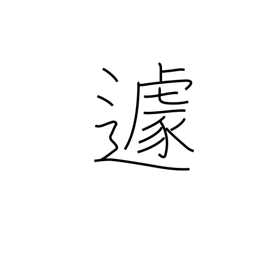
Meaning: agitation